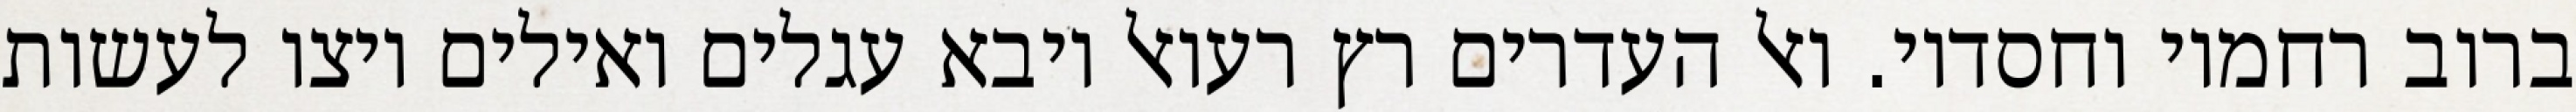
ברוב רחמיו וחסדיו. ואל העדרים רץ רעואל ויבא עגלים ואילים ויצו לעשות